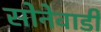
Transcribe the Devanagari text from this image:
सोनेवाडी